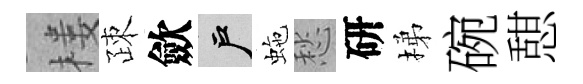
楼疎歛户虵愁研梯碗憇